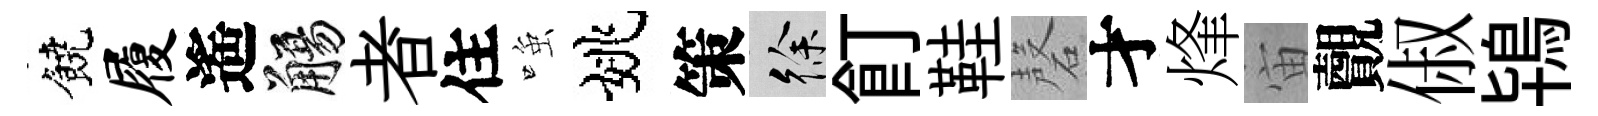
饒履遙觴者住𫪻姚策徐飣鞋磬才烽宙覿俶鴇